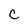
Character: C